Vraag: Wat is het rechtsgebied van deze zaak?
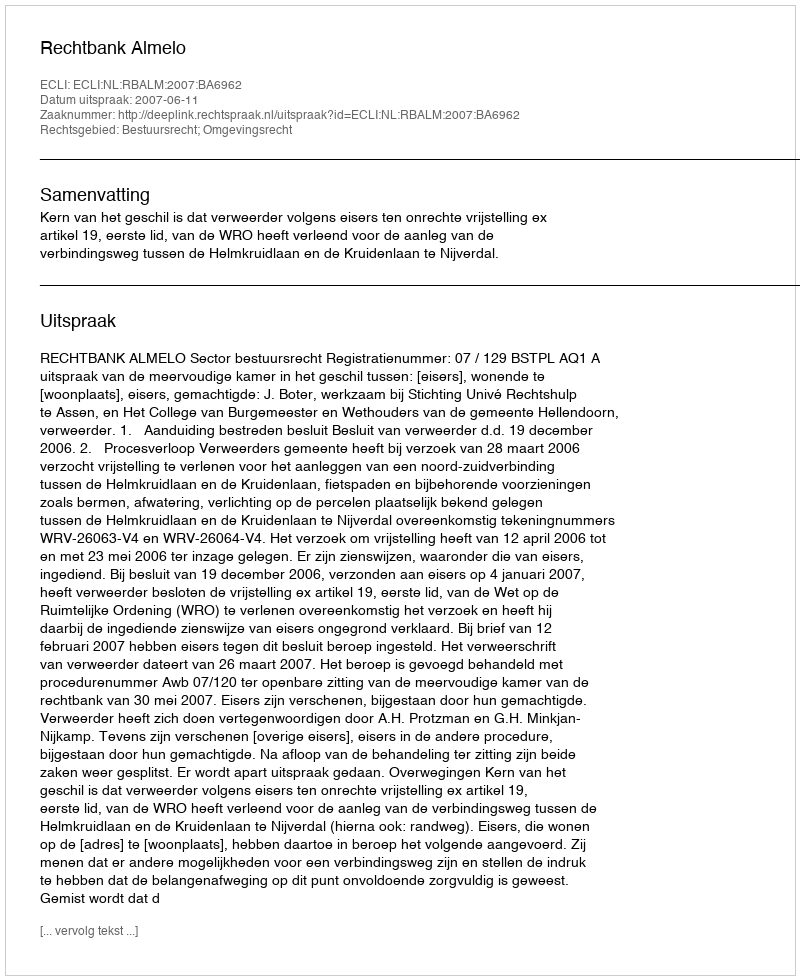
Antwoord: Bestuursrecht; Omgevingsrecht